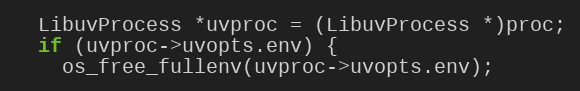
Language: C
  LibuvProcess *uvproc = (LibuvProcess *)proc;
  if (uvproc->uvopts.env) {
    os_free_fullenv(uvproc->uvopts.env);